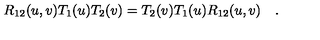
R _ { 1 2 } ( u , v ) T _ { 1 } ( u ) T _ { 2 } ( v ) = T _ { 2 } ( v ) T _ { 1 } ( u ) R _ { 1 2 } ( u , v ) \quad .